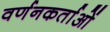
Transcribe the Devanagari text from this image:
वर्णनकर्ताओं